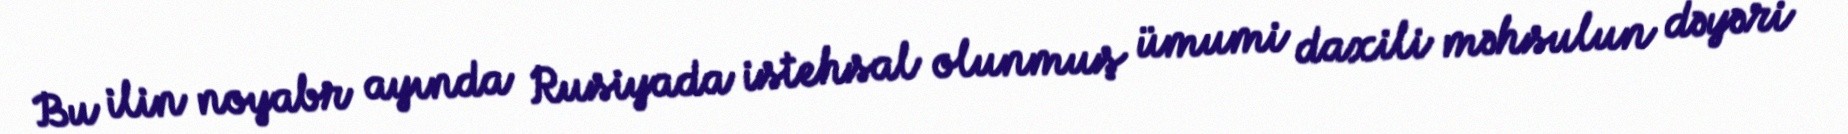
Bu ilin noyabr ayında Rusiyada istehsal olunmuş ümumi daxili məhsulun dəyəri